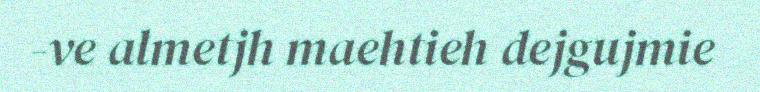
-ve almetjh maehtieh dejgujmie